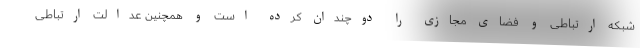
شبکه ارتباطی و فضای مجازی را دوچندان کرده است و همچنین عدالت ارتباطی